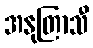
အနုတြာသီ